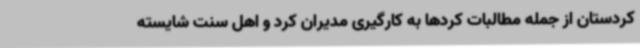
کردستان از جمله مطالبات کردها به کارگیری مدیران کرد و اهل سنت شایسته